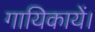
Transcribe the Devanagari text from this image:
गायिकायें।